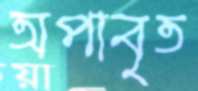
অপাবৃত